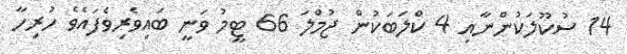
14 ސުކޫލަކުންނާއި 4 ކްލަބަކުން ޖުމްލަ 66 ޓީމު ވަނީ ބައިވެރިވެފައެވެ ހުރިހާ